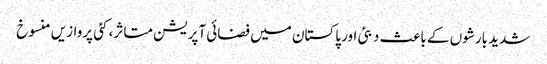
شدید بارشوں کے باعث دبئی اور پاکستان میں فضائی آپریشن متاثر، کئی پروازیں منسوخ